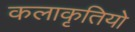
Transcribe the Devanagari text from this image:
कलाकृतियो